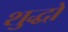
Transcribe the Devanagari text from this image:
शुद्धो